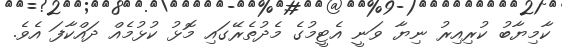
ކާމިޔާބު ކުރިއިރު ނިޔާ ވަނީ އެޓީމުގެ މެދުތެރޭގައި މޮޅު ކުޅުމެއް ދައްކާފަ އެވެ.